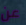
عن